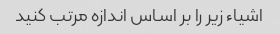
اشیاء زیر را بر اساس اندازه مرتب کنید